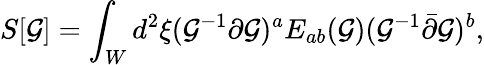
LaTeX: S[\mathcal{G}]=\int_{W}d^{2}\xi(\mathcal{G}^{-1}\partial\mathcal{G})^{a}E_{ab}(\mathcal{G})(\mathcal{G}^{-1}\bar{{\partial}}\mathcal{G})^{b},